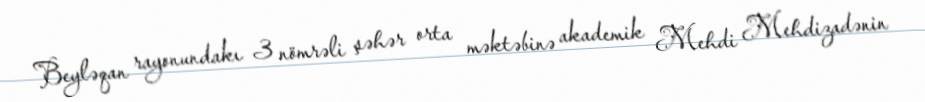
Beyləqan rayonundakı 3 nömrəli şəhər orta məktəbinə akademik Mehdi Mehdizadənin